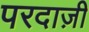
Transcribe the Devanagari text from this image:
परदाज़ी